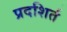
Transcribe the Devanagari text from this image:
प्रदशिर्त